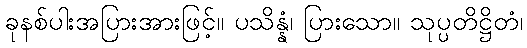
ခုနစ်ပါးအပြားအားဖြင့်။ ပသိန္နံ၊ ပြားသော။ သုပ္ပတိဋ္ဌိတံ၊